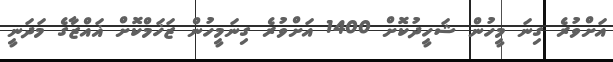
އަށްވުރެ ގިނަ މީހުން ޝަހީދުކޮށް 1400 އަށްވުރެ ގިނަމީހުން ޒަޚަމްކޮށް ޣައްޒާގެ މަދަނީ